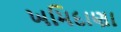
ખમિદાણા